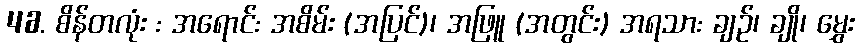
46. စိန်တလုံး : အရောင်: အစိမ်း (အပြင်)၊ အဖြူ (အတွင်း) အရသာ: ချဉ်၊ ချို၊ မွှေး